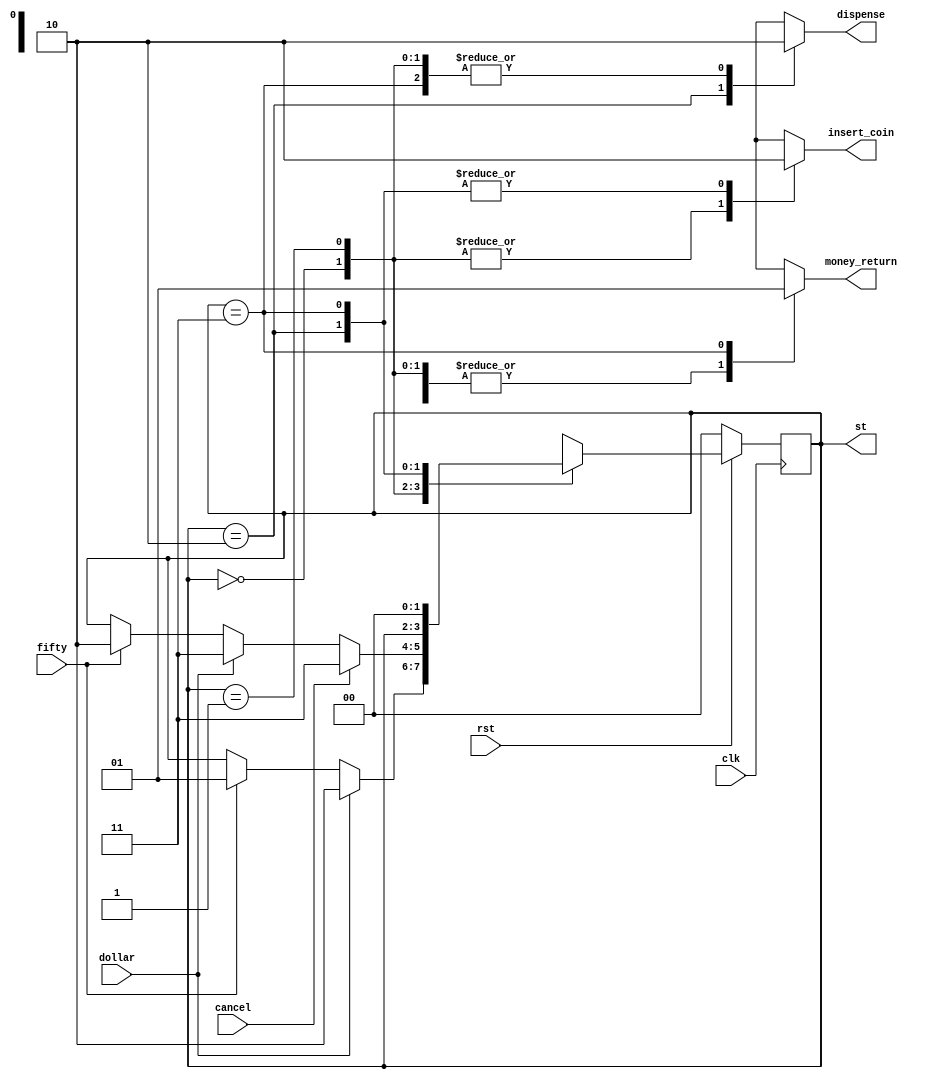
`timescale 1ns / 1ps

module fsm ( input clk, rst, fifty, dollar, cancel, 
			output reg insert_coin, money_return, dispense, output reg [1:0] st);

	parameter INIT=0, S50c=1, VEND=2, RETURN=3;
	reg [1:0] nst; 
		
	always @(posedge clk)
		begin
			if (!rst) 
				st <= INIT;
			 else 
				st <= nst;
		end
				
	always @ *
		begin
			insert_coin = 1'b1;
			money_return = 1'b0;
			dispense = 1'b0;
			nst = st;
			case (st)
				INIT: 
					begin
						if (fifty) nst = S50c;
						if (dollar) nst = VEND;
					end
					
				S50c:
					begin
						if (fifty) nst = VEND;
						if (dollar) nst = RETURN;
						if (cancel) nst = RETURN;
					end
				
				VEND:
					begin
						insert_coin = 1'b0;
						//money_return = 1'b0;
						dispense = 1'b1;
					end
				RETURN:
					begin
						insert_coin = 1'b0;
						money_return = 1'b1;
						//dispense = 1'b0;
						nst = INIT;
					end
			endcase
		end
endmodule